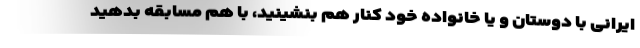
ایرانی با دوستان و یا خانواده خود کنار هم بنشینید، با هم مسابقه بدهید